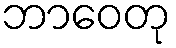
ဘာဝေတု